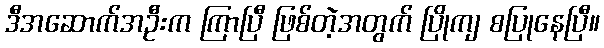
ဒီအဆောက်အဦးက ကြာပြီ ဖြစ်တဲ့အတွက် ပြိုကျ စပြုနေပြီ။